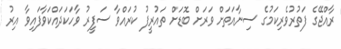
ރާއްޖޭގެ ފަތުރުވެރިކަމުގެ ސިނާއަތަށް ވަރަށް ބޮޑަށް ތައުރީފު ކުރައްވާ ސަފީރު ވާހަކަދައްކަވާފައިވާ އިރު